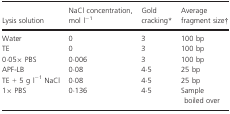
| Lysis solution | NaCl concentration, mol l−1 | Gold cracking* | Average fragment size† |
 | --- | --- | --- | --- |
 | Water | 0 | 3 | 100 bp |
 | TE | 0 | 3 | 100 bp |
 | 0·05× PBS | 0·006 | 3 | 100 bp |
 | APF-LB | 0·08 | 4·5 | 25 bp |
 | TE + 5 g l−1 NaCl | 0·08 | 4·5 | 25 bp |
 | 1× PBS | 0·136 | 4·5 | Sample boiled over |